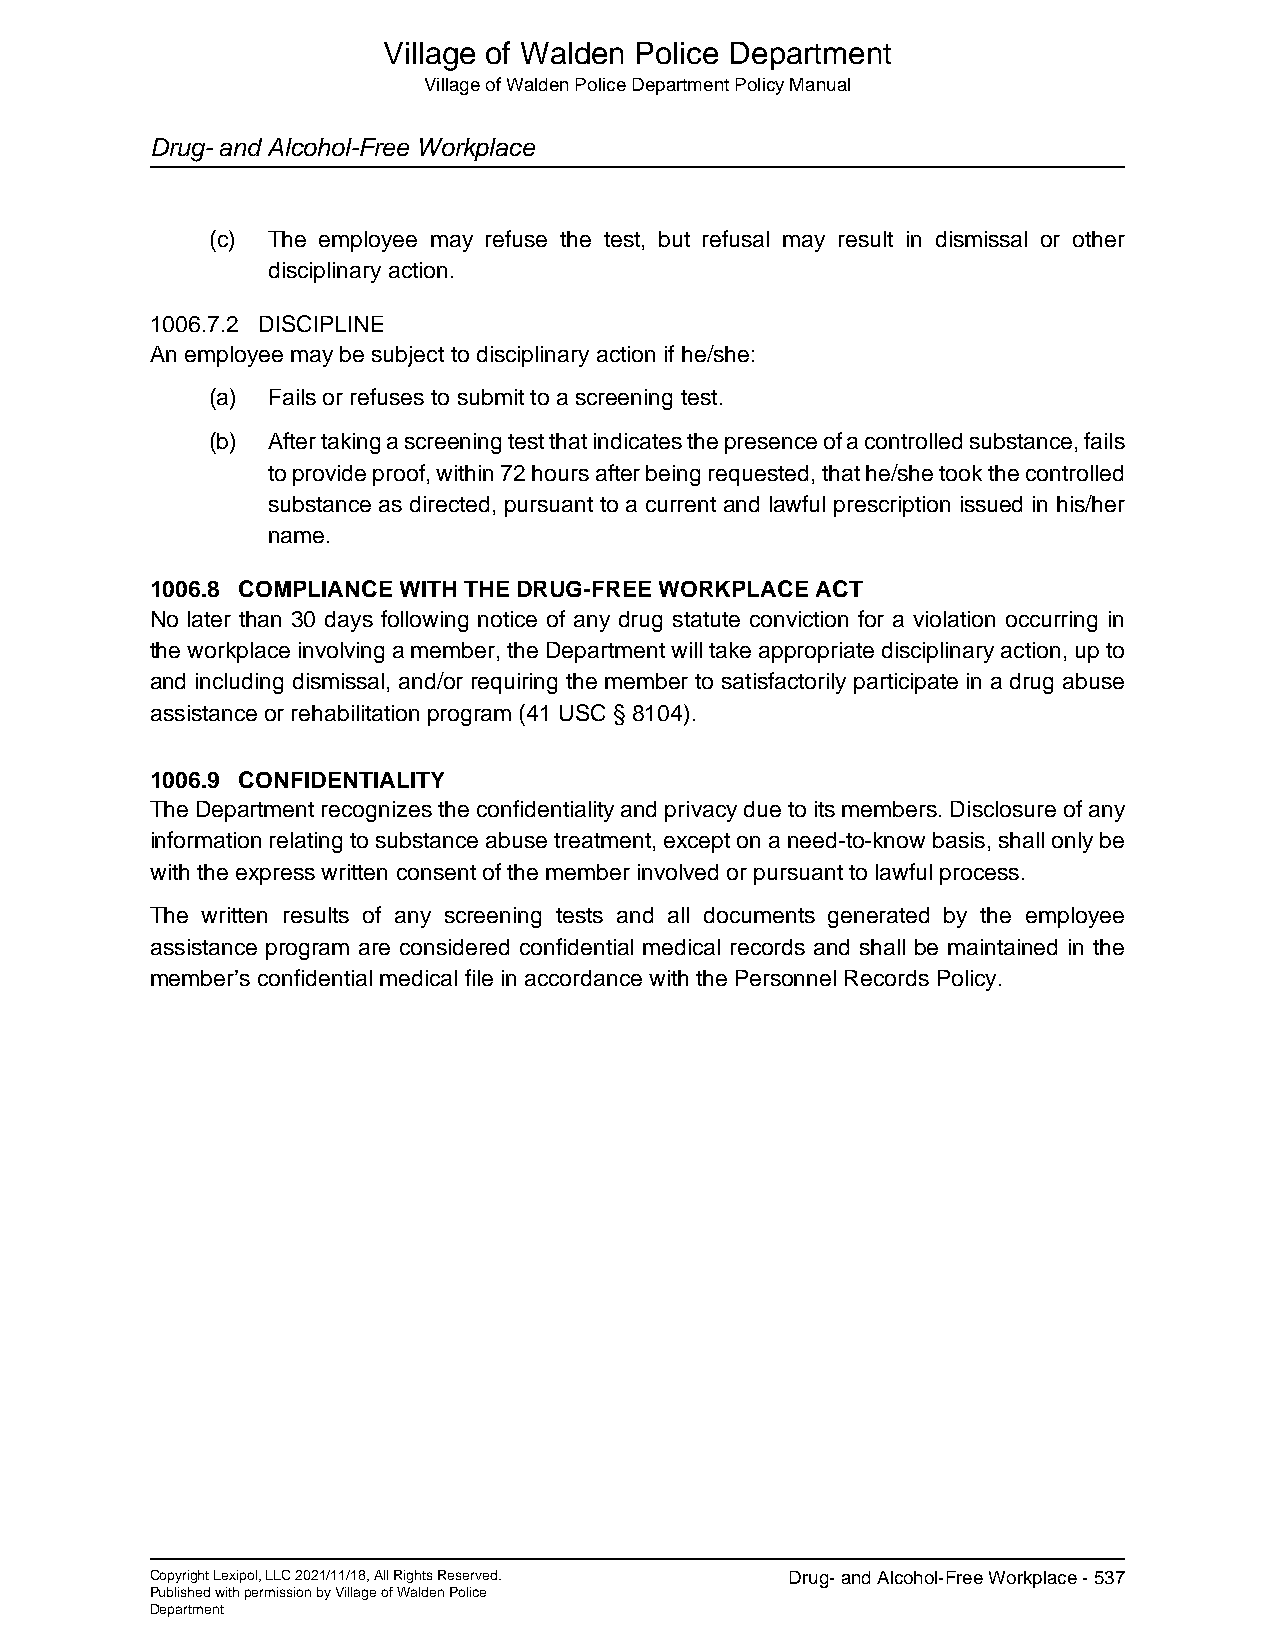
Village of Walden Police Department
 Village of Walden Police Department Policy Manual
 Drug- and Alcohol-Free Workplace
 (c) The employee may refuse the test, but refusal may result in dismissal or other
 disciplinary action.
 1006.7.2 DISCIPLINE
 An employee may be subject to disciplinary action if he/she:
 (a) Fails or refuses to submit to a screening test.
 (b) After taking a screening test that indicates the presence of a controlled substance, fails
 to provide proof, within 72 hours after being requested, that he/she took the controlled
 substance as directed, pursuant to a current and lawful prescription issued in his/her
 name.
 1006.8 COMPLIANCE WITH THE DRUG-FREE WORKPLACE ACT
 No later than 30 days following notice of any drug statute conviction for a violation occurring in
 the workplace involving a member, the Department will take appropriate disciplinary action, up to
 and including dismissal, and/or requiring the member to satisfactorily participate in a drug abuse
 assistance or rehabilitation program (41 USC § 8104).
 1006.9 CONFIDENTIALITY
 The Department recognizes the confidentiality and privacy due to its members. Disclosure of any
 information relating to substance abuse treatment, except on a need-to-know basis, shall only be
 with the express written consent of the member involved or pursuant to lawful process.
 The written results of any screening tests and all documents generated by the employee
 assistance program are considered confidential medical records and shall be maintained in the
 member’s confidential medical file in accordance with the Personnel Records Policy.
 Copyright Lexipol, LLC 2021/11/18, All Rights Reserved. Drug- and Alcohol-Free Workplace - 537
 Published with permission by Village of Walden Police
 Department